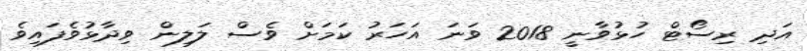
އަދި ރިސޯޓް ހުޅުވާނީ 2018 ވަނަ އަހަރު ކަމަށް ވެސް ލަލިން ވިދާޅުވެފައިވެ